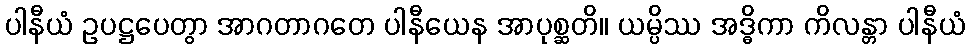
ပါနီယံ ဥပဋ္ဌပေတွာ အာဂတာဂတေ ပါနီယေန အာပုစ္ဆတိ။ ယမ္ပိဿ အဒ္ဓိကာ ကိလန္တာ ပါနီယံ